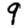
Digit: 9